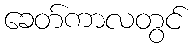
ခေတ်ကာလတွင်